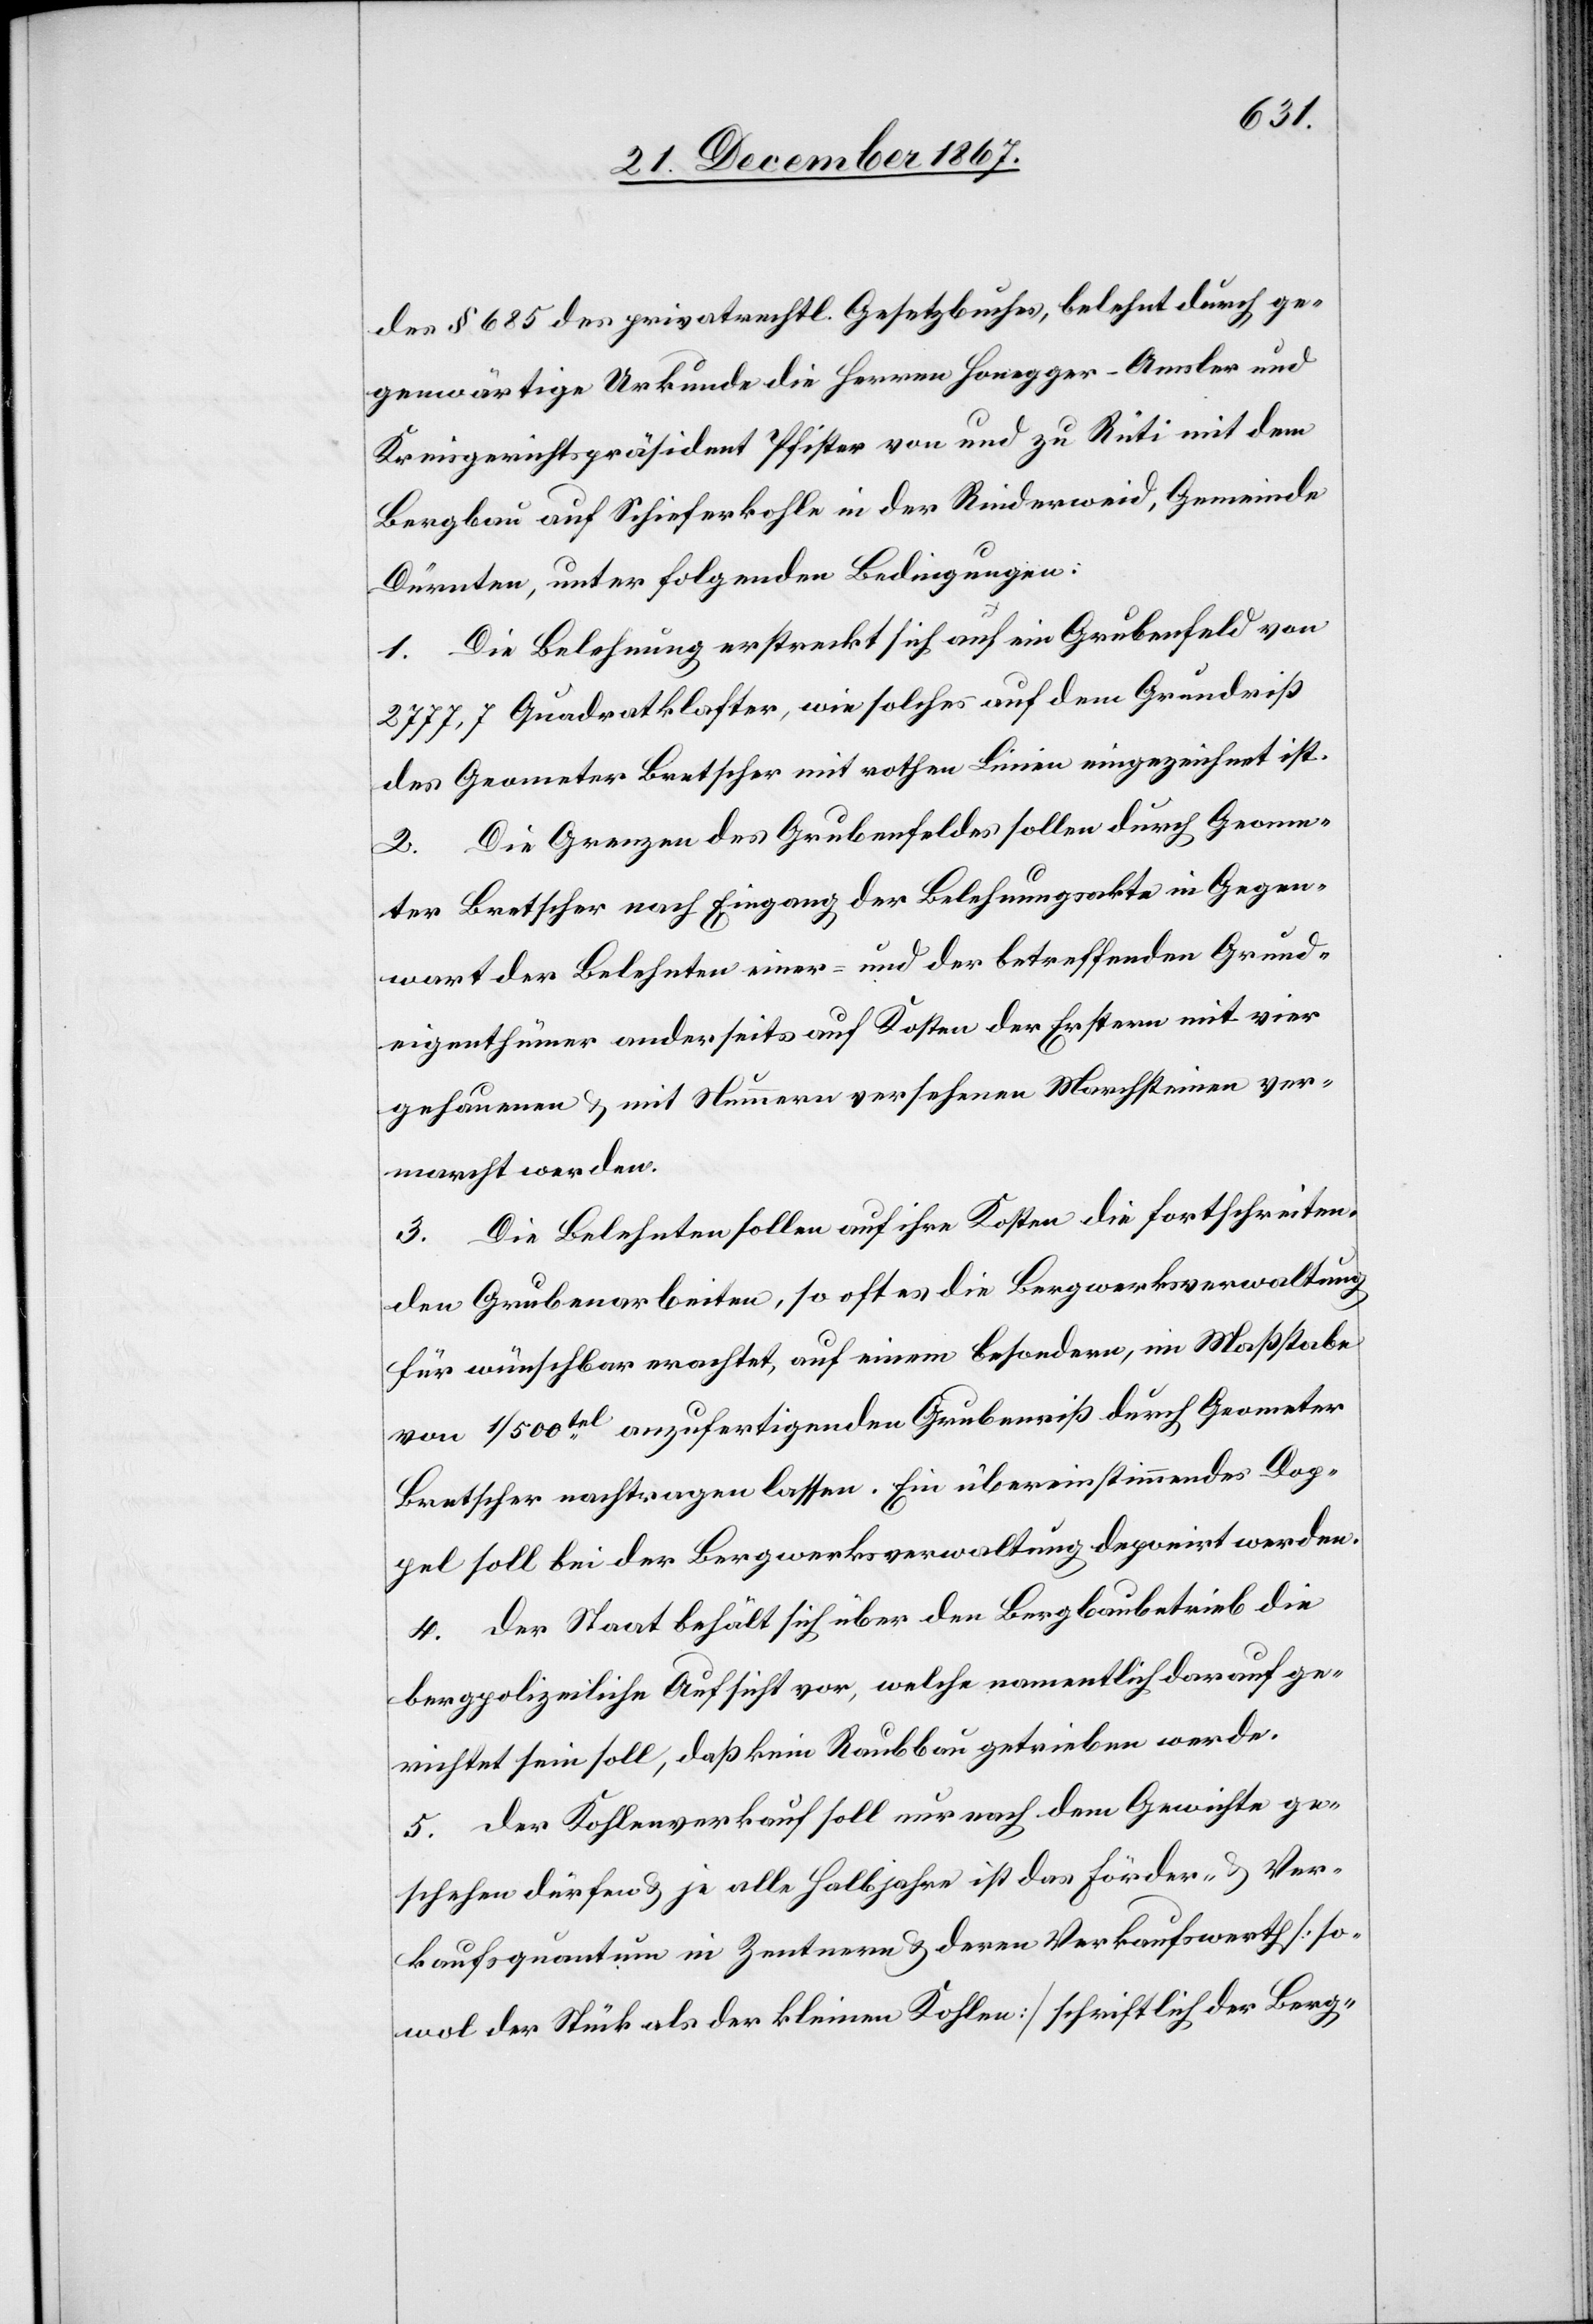
des § 685 des privatrechtl. Gesetzbuches, belehnt durch ge¬
genwärtige Urkunde die Herren Honegger-Amsler und
Kreisgerichtspräsident Pfister von und zu Rüti mit dem
Bergbau auf Schieferkohle in der Rinderweid, Gemeinde
Dürnten, unter folgenden Bedingungen:
1. Die Belehnung erstreckt sich auf ein Grubenfeld von
2777,7 Quadratklafter, wie solches auf dem Grundriß
des Geometer Bretscher mit rothen Linien eingezeichnet ist.
2. Die Grenzen des Grubenfeldes sollen durch Geome¬
ter Bretscher nach Eingang der Belehnungsakte in Gegen¬
wart der Belehnten einer- und der betreffenden Grund¬
eigenthümer anderseits auf Kosten der Erstern mit vier
gehauenen u. mit Nummern versehenen Marchsteinen ver¬
marcht werden.
3. Die Belehnten sollen auf ihre Kosten die fortschreiten¬
den Grubenarbeiten, so oft es die Bergwerksverwaltung
für wünschbar erachtet auf einem besondern, im Maßstabe
von 1/500tel anzufertigenden Grubenriß durch Geometer
Bretscher nachtragen lassen. Ein übereinstimmendes Dop¬
pel soll bei der Bergwerksverwaltung deponirt werden.
4. Der Staat behält sich über den Bergbaubetrieb die
bergpolizeiliche Aufsicht vor, welche namentlich darauf ge¬
richtet sein soll, daß kein Raubbau getrieben werde.
5. der Kohlenverkauf soll nur nach dem Gewichte ge¬
schehen dürfen u. je alle Halbjahre ist das Förder- u. Ver¬
kaufsquantum in Zentnern u. deren Verkaufswerth [so¬
wol der Stück als der kleinen Kohlen] schriftlich der Berg-